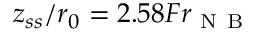
z _ { s s } / r _ { 0 } = 2 . 5 8 F r _ { \mathrm { ~ N ~ B ~ } }